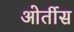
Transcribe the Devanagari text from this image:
ओर्तीस